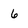
Character: 6